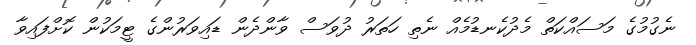
ނެގުމުގެ މަސައްކަތް މެދުކެނޑުމެއް ނެތި ހަތަރު ދުވަސް ވާންދެން ޑައިވަރުންގެ ޓީމަކުން ކޮށްފައިވާ